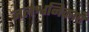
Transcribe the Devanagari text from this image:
जलश्वनिकाएँ